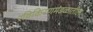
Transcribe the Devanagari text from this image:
रविकिरणमंडळातील